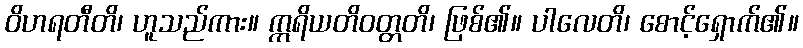
ဝိဟရတီတိ၊ ဟူသည်ကား။ ဣရိယတိဝတ္တတိ၊ ဖြစ်၏။ ပါလေတိ၊ စောင့်ရှောက်၏။